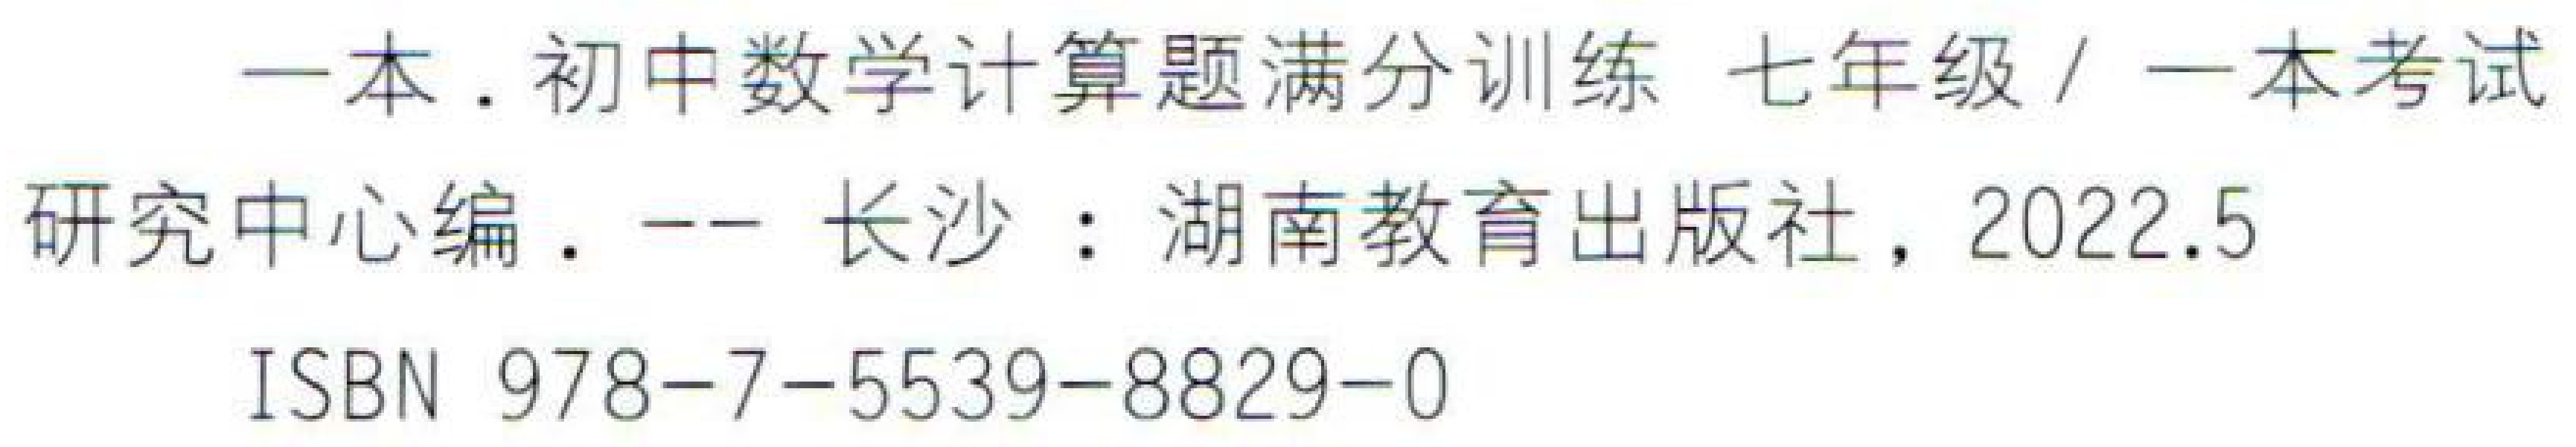
一本.初中数学计算题满分训练 七年级 / 一本考试
研究中心编. -- 长沙：湖南教育出版社，2022.5
ISBN 978-7-5539-8829-0